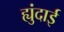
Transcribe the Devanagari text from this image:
ह्युंदाई